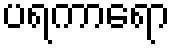
ပရကာရော